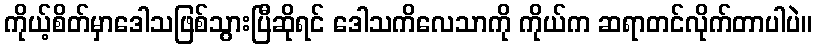
ကိုယ့်စိတ်မှာဒေါသဖြစ်သွားပြီဆိုရင် ဒေါသကိလေသာကို ကိုယ်က ဆရာတင်လိုက်တာပါပဲ။